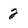
Character: 2